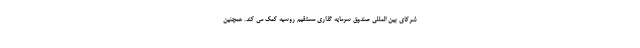
شرکای بین المللی صندوق سرمایه گذاری مستقیم روسیه کمک می کند. همچنین